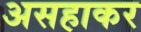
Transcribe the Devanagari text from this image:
असहाकर